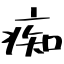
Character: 痴